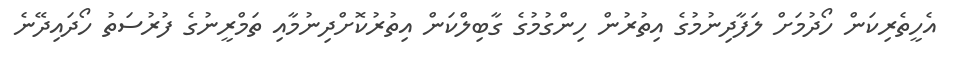
އެހީތެރިކަން ހޯދުމަށް ލަފާދިނުމުގެ އިތުރުން ހިންގުމުގެ ގާބިލްކަން އިތުރުކޮށްދިނުމާއި ތަމްރީނުގެ ފުރުސަތު ހޯދައިދޭނެ